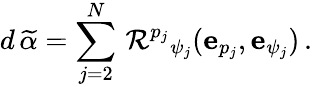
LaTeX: d\, \widetilde{\alpha}=\sum_{j=2}^{N}\, \mathcal{R}^{p_{j}}{}_{\psi_{j}}(\mathbf{e}_{p_{j}},\mathbf{e}_{\psi_{j}})\, .